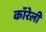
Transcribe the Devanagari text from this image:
कॉरेली